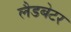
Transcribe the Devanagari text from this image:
लैडबेटर